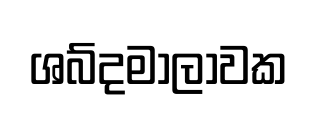
ශබ්දමාලාවක